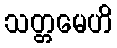
သတ္တမေဟိ